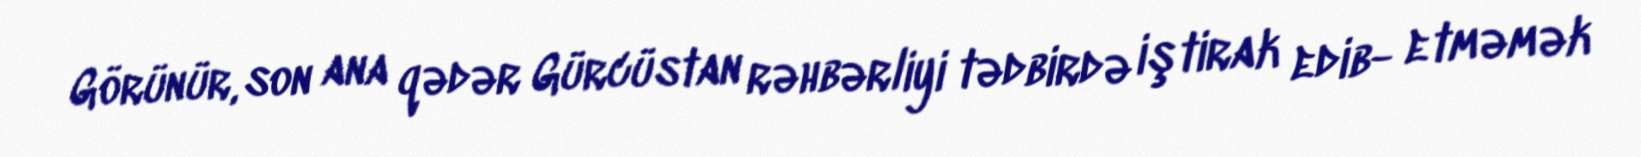
Görünür, son ana qədər Gürcüstan rəhbərliyi tədbirdə iştirak edib- etməmək